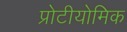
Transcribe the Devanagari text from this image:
प्रोटीयोमिक